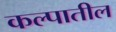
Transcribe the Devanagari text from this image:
कल्पातील